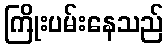
ကြိုးပမ်းနေသည်